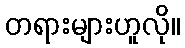
တရားများဟူလို။